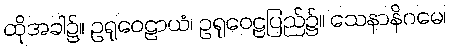
ထိုအခါ၌။ ဥရုဝေဠာယံ၊ ဥရုဝေဠပြည်၌။ သေနာနိဂမေ၊